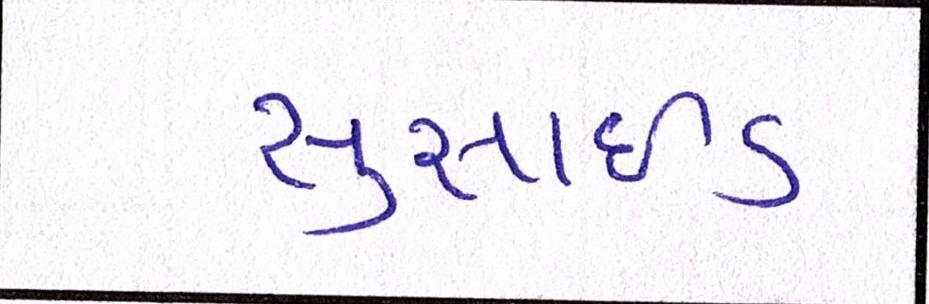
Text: સુસાઈડ